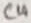
Text: C4